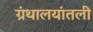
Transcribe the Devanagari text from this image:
ग्रंथालयांतली